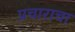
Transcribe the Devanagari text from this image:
प्रचाराचा